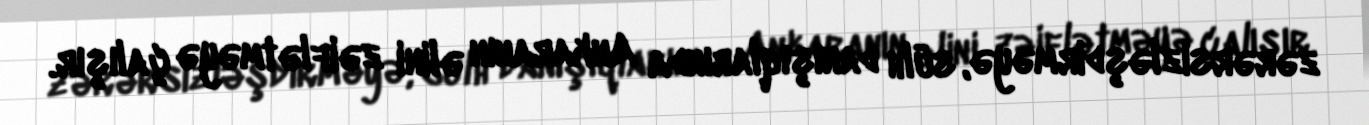
zərərsizləşdirməyə, sülh danışıqlarında Ankaranın əlini zəiflətməyə çalışır.